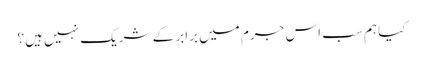
کیا ہم سب اس جرم میں برابر کے شریک نہیں ہیں؟